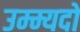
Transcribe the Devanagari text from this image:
उम्म्यदों